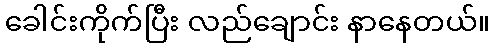
ခေါင်းကိုက်ပြီး လည်ချောင်း နာနေတယ်။